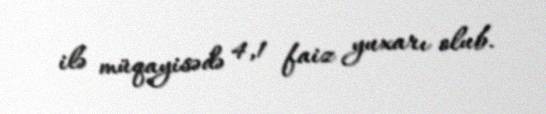
ilə müqayisədə 4,1 faiz yuxarı olub.